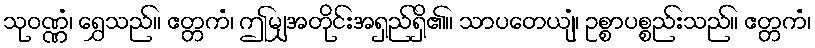
သုဝဏ္ဏံ၊ ရွှေသည်။ ဧတ္တကံ၊ ဤမျှအတိုင်းအရှည်ရှိ၏။ သာပတေယျံ၊ ဥစ္စာပစ္စည်းသည်။ ဧတ္တကံ၊